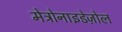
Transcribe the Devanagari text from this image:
मेट्रोनाइडेज़ोल